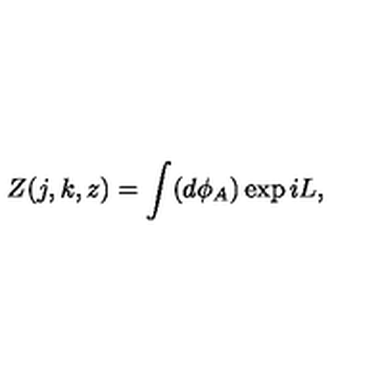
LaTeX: Z ( j , k , z ) = \int ( d \phi _ { A } ) \exp i L ,